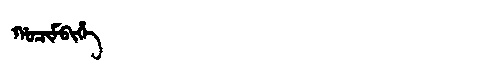
Manchu: ᡤᠣᠴᡳᠮᠪᡳᡥᡝ
Romanization: GOCIMBIHE